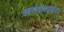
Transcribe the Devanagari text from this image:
आनंदात्मकता